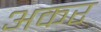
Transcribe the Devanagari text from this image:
अकर